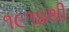
૧૯૧૪થી